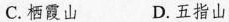
C.栖霞山 D.五指山